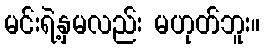
မင်းရဲ့နှမလည်း မဟုတ်ဘူး။